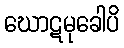
ဃောဋမုခေါပိ